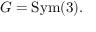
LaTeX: G = { \mathrm { S y m } } ( 3 ) .